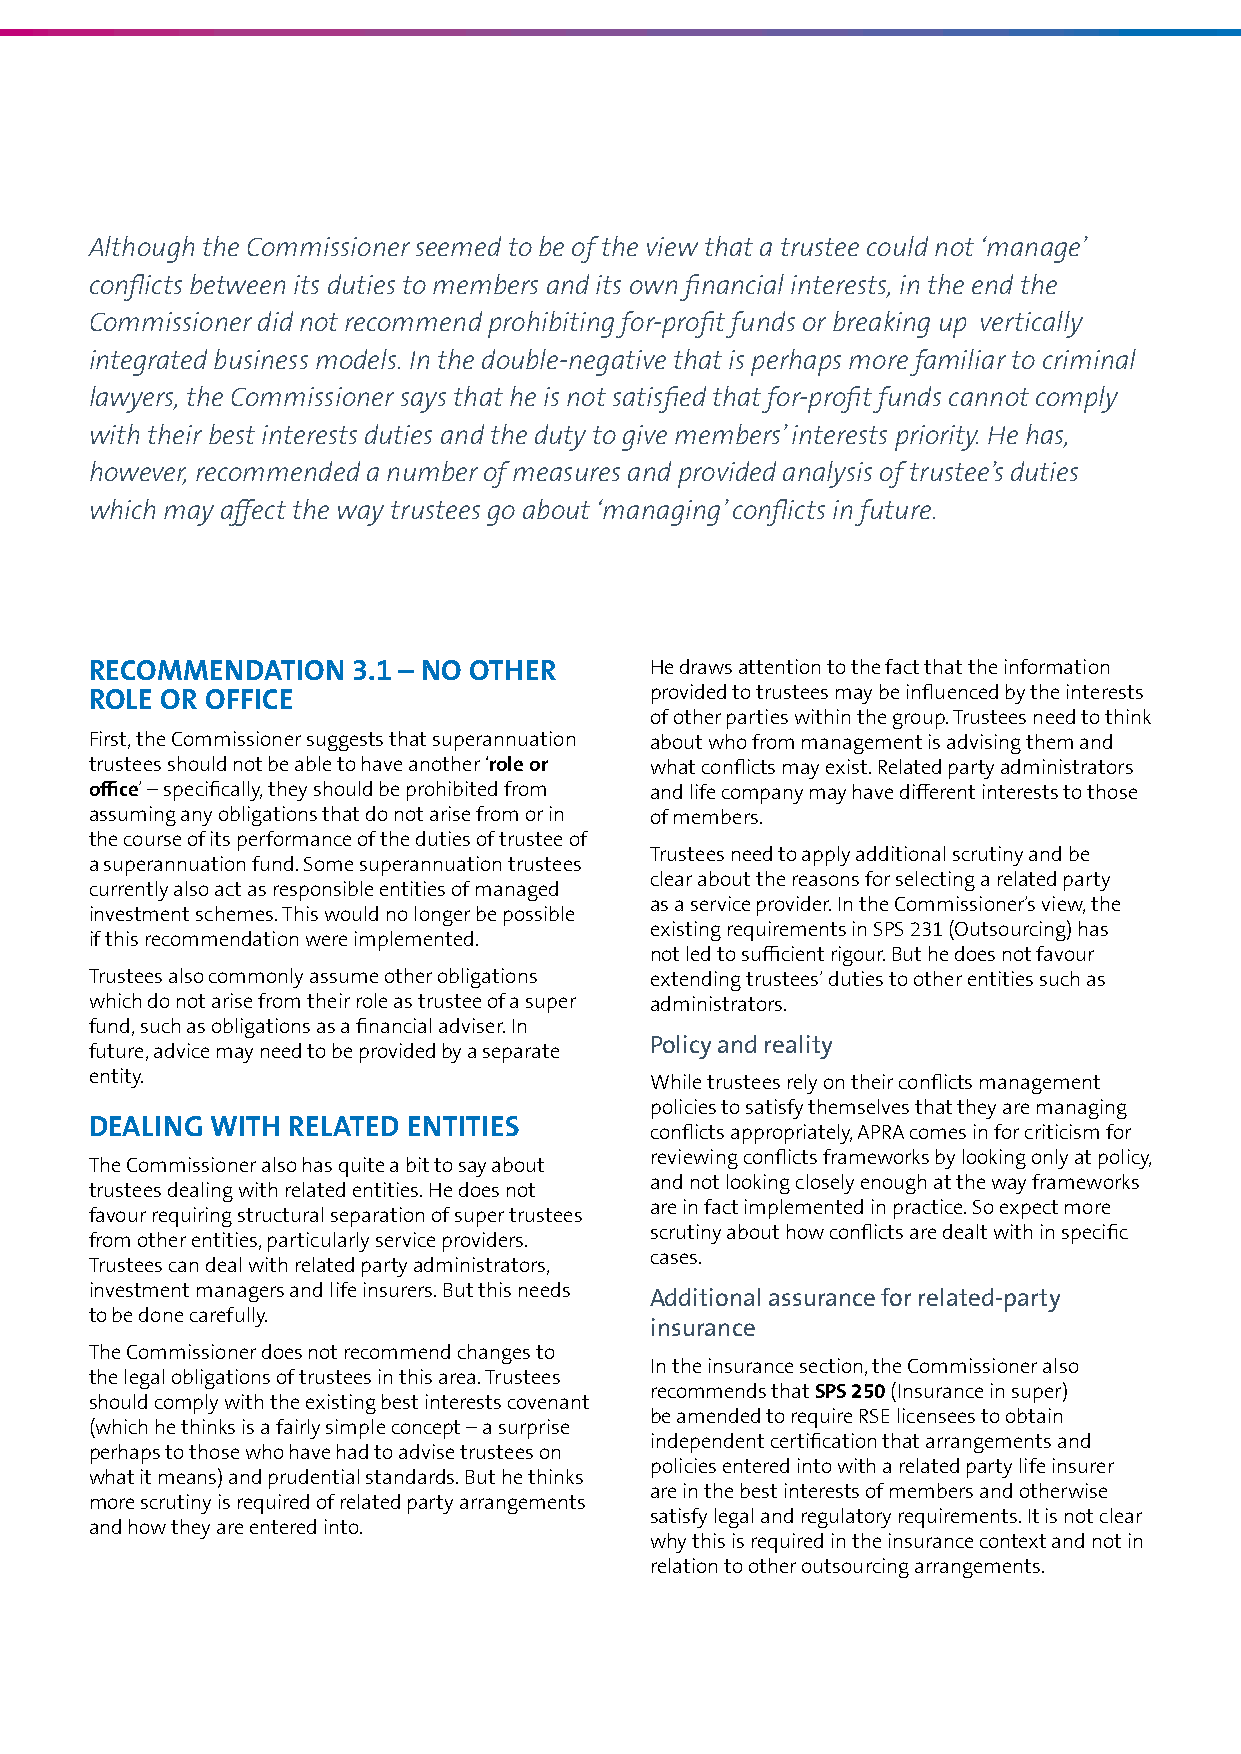
Although the Commissioner seemed to be of the view that a trustee could not ‘manage’
 conflicts between its duties to members and its own financial interests, in the end the
 Commissioner did not recommend prohibiting for‑profit funds or breaking up vertically
 integrated business models. In the double‑negative that is perhaps more familiar to criminal
 lawyers, the Commissioner says that he is not satisfied that for‑profit funds cannot comply
 with their best interests duties and the duty to give members’ interests priority. He has,
 however, recommended a number of measures and provided analysis of trustee’s duties
 which may affect the way trustees go about ‘managing’ conflicts in future.
 RECOMMENDATION   3.1 – NO OTHER      He draws attention to the fact that the information
 ROLE OR OFFICE                       provided to trustees may be influenced by the interests
 of other parties within the group. Trustees need to think
 First, the Commissioner suggests that superannuation about who from management is advising them and
 trustees should not be able to have another ‘role or what conflicts may exist. Related party administrators
 office’ – specifically, they should be prohibited from and life company may have different interests to those
 assuming any obligations that do not arise from or in of members.
 the course of its performance of the duties of trustee of
 Trustees need to apply additional scrutiny and be
 a superannuation fund. Some superannuation trustees
 clear about the reasons for selecting a related party
 currently also act as responsible entities of managed
 as a service provider. In the Commissioner’s view, the
 investment schemes. This would no longer be possible
 existing requirements in SPS 231 (Outsourcing) has
 if this recommendation were implemented.
 not led to sufficient rigour. But he does not favour
 Trustees also commonly assume other obligations extending trustees’ duties to other entities such as
 which do not arise from their role as trustee of a super administrators.
 fund, such as obligations as a financial adviser. In
 Policy and reality
 future, advice may need to be provided by a separate
 entity.
 While trustees rely on their conflicts management
 policies to satisfy themselves that they are managing
 DEALING WITH RELATED ENTITIES
 conflicts appropriately, APRA comes in for criticism for
 reviewing conflicts frameworks by looking only at policy,
 The Commissioner also has quite a bit to say about
 and not looking closely enough at the way frameworks
 trustees dealing with related entities. He does not
 are in fact implemented in practice. So expect more
 favour requiring structural separation of super trustees
 scrutiny about how conflicts are dealt with in specific
 from other entities, particularly service providers.
 cases.
 Trustees can deal with related party administrators,
 investment managers and life insurers. But this needs Additional assurance for related‑party
 to be done carefully.
 insurance
 The Commissioner does not recommend changes to
 In the insurance section, the Commissioner also
 the legal obligations of trustees in this area. Trustees
 recommends that SPS 250 (Insurance in super)
 should comply with the existing best interests covenant
 be amended to require RSE licensees to obtain
 (which he thinks is a fairly simple concept – a surprise
 independent certification that arrangements and
 perhaps to those who have had to advise trustees on
 policies entered into with a related party life insurer
 what it means) and prudential standards. But he thinks
 are in the best interests of members and otherwise
 more scrutiny is required of related party arrangements
 satisfy legal and regulatory requirements. It is not clear
 and how they are entered into.
 why this is required in the insurance context and not in
 relation to other outsourcing arrangements.